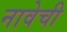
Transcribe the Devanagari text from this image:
नावेची